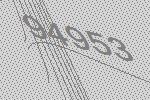
94953